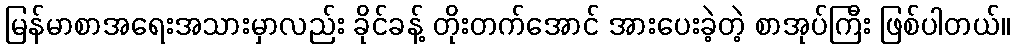
မြန်မာစာအရေးအသားမှာလည်း ခိုင်ခန့် တိုးတက်အောင် အားပေးခဲ့တဲ့ စာအုပ်ကြီး ဖြစ်ပါတယ်။